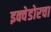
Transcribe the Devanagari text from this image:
इक्वेडोरचा